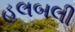
હલબલી